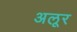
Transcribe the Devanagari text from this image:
अलूर